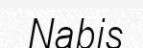
Nabis